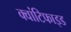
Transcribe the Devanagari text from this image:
क्वांटिफाइड